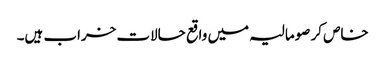
خاص کر صومالیہ میں واقع حالات خراب ہیں۔